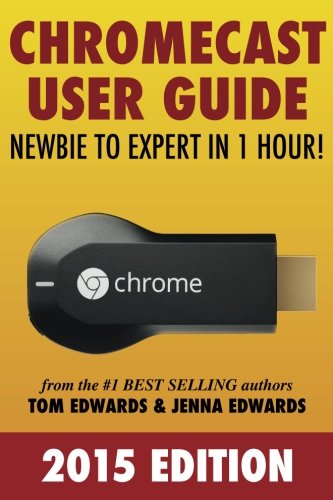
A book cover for Chromecast User Guide - Newbie to Expert in 1 Hour!; Tom Edwards; Computers & Technology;